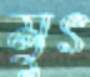
মুৎ